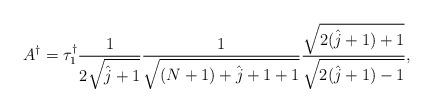
LaTeX: \begin{align*}A^\dagger = \tau^\dagger_1 \frac{1}{2\sqrt{\hat{j}+1}} \frac{1}{\sqrt{(N+1) + \hat{j}+1 + 1}} \frac{\sqrt{2(\hat{j}+1) +1}}{\sqrt{2(\hat{j}+1) - 1}},\end{align*}